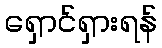
ရှောင်ရှားရန်